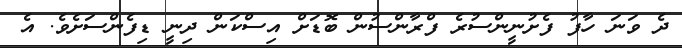
ދެ ވަނަ ހާފު ފެށުނީންސުރެ ފްރާންސުން ބޮޑަށް އިސްކަން ދިނީ ޑިފެންސަށެވެ. އެ